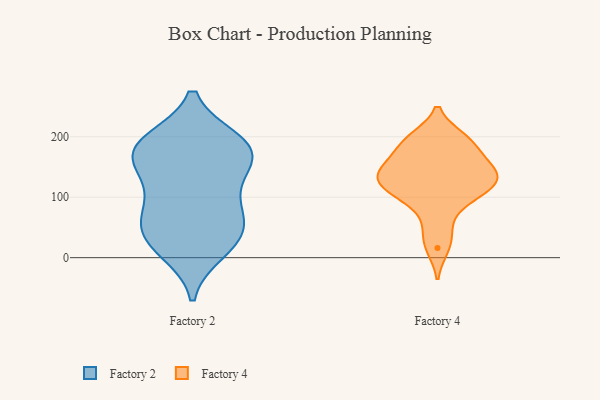
{"axis": {"x": "Revenue (USD Million)", "y": "Value"}, "legend": ["Factory 2", "Factory 4"], "data": [{"x": "", "y": 191, "type": "Factory 2"}, {"x": "", "y": 168, "type": "Factory 2"}, {"x": "", "y": 44, "type": "Factory 2"}, {"x": "", "y": 173, "type": "Factory 2"}, {"x": "", "y": 70, "type": "Factory 2"}, {"x": "", "y": 148, "type": "Factory 2"}, {"x": "", "y": 190, "type": "Factory 2"}, {"x": "", "y": 22, "type": "Factory 2"}, {"x": "", "y": 104, "type": "Factory 2"}, {"x": "", "y": 11, "type": "Factory 2"}, {"x": "", "y": 79, "type": "Factory 2"}, {"x": "", "y": 138, "type": "Factory 2"}, {"x": "", "y": 193, "type": "Factory 2"}, {"x": "", "y": 177, "type": "Factory 2"}, {"x": "", "y": 28, "type": "Factory 2"}, {"x": "", "y": 59, "type": "Factory 2"}, {"x": "", "y": 171, "type": "Factory 4"}, {"x": "", "y": 142, "type": "Factory 4"}, {"x": "", "y": 144, "type": "Factory 4"}, {"x": "", "y": 116, "type": "Factory 4"}, {"x": "", "y": 195, "type": "Factory 4"}, {"x": "", "y": 122, "type": "Factory 4"}, {"x": "", "y": 84, "type": "Factory 4"}, {"x": "", "y": 143, "type": "Factory 4"}, {"x": "", "y": 125, "type": "Factory 4"}, {"x": "", "y": 100, "type": "Factory 4"}, {"x": "", "y": 193, "type": "Factory 4"}, {"x": "", "y": 121, "type": "Factory 4"}, {"x": "", "y": 16, "type": "Factory 4"}, {"x": "", "y": 198, "type": "Factory 4"}, {"x": "", "y": 159, "type": "Factory 4"}, {"x": "", "y": 43, "type": "Factory 4"}]}